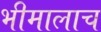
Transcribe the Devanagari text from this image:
भीमालाच